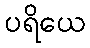
ပရိယေ